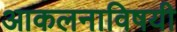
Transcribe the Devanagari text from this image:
आकलनाविषयी